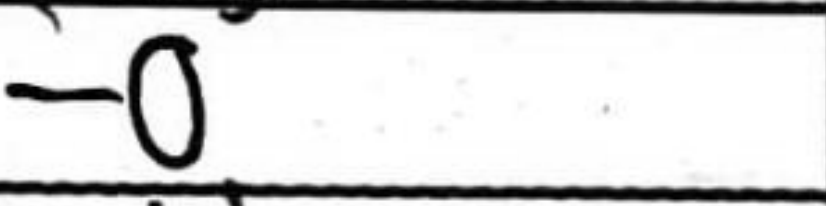
Transcription: O-O